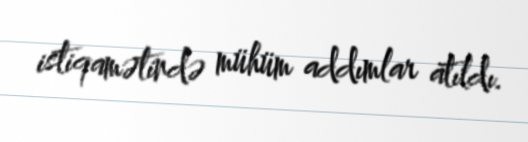
istiqamətində mühüm addımlar atıldı.